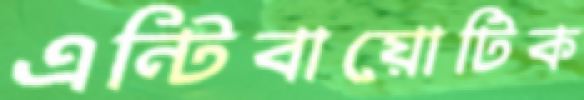
এন্টিবায়োটিক